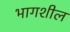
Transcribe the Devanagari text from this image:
भागशील